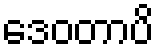
ဒေဝတာပိ